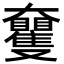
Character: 𡚠